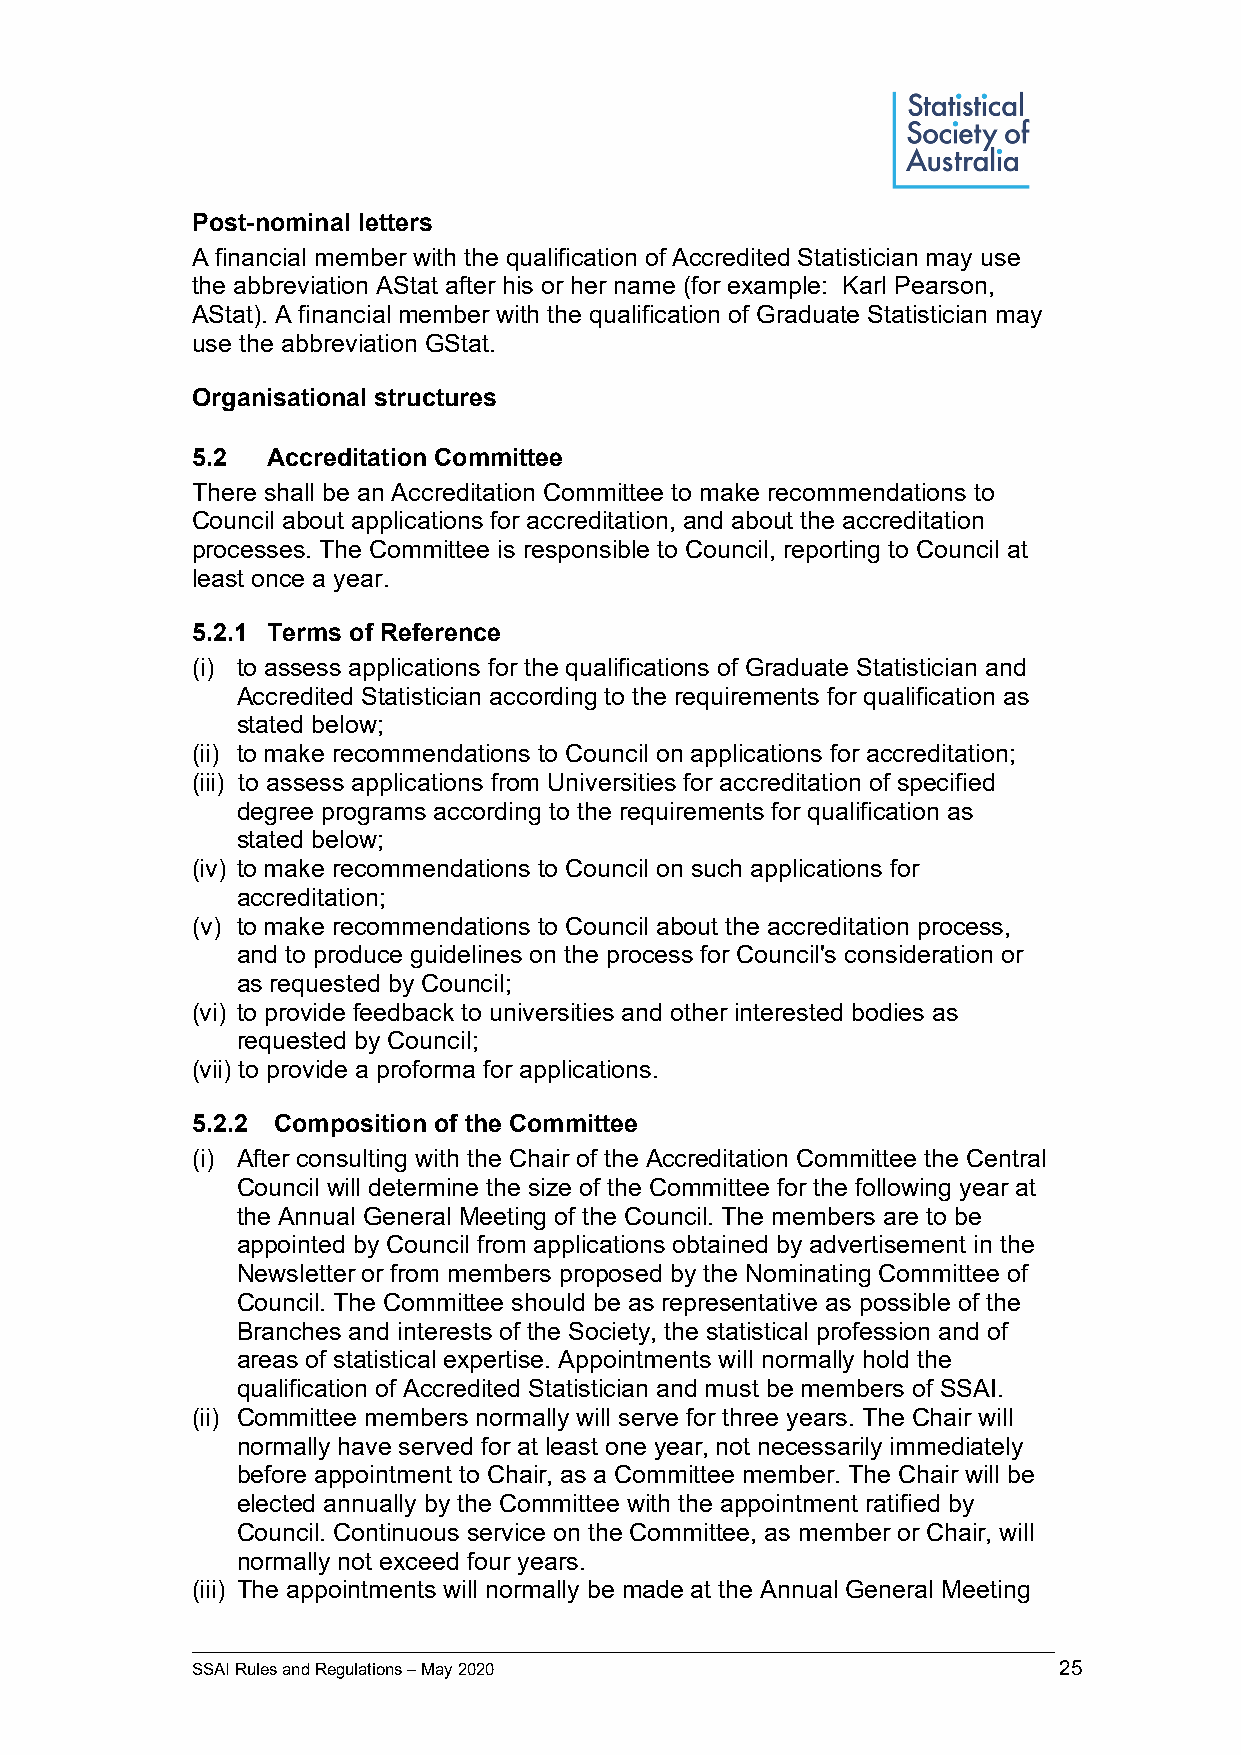
Post-nominal letters
 A financial member with the qualification of Accredited Statistician may use
 the abbreviation AStat after his or her name (for example: Karl Pearson,
 AStat). A financial member with the qualification of Graduate Statistician may
 use the abbreviation GStat.
 Organisational structures
 5.2  Accreditation Committee
 There shall be an Accreditation Committee to make recommendations to
 Council about applications for accreditation, and about the accreditation
 processes. The Committee is responsible to Council, reporting to Council at
 least once a year.
 5.2.1 Terms of Reference
 (i) to assess applications for the qualifications of Graduate Statistician and
 Accredited Statistician according to the requirements for qualification as
 stated below;
 (ii) to make recommendations to Council on applications for accreditation;
 (iii) to assess applications from Universities for accreditation of specified
 degree programs according to the requirements for qualification as
 stated below;
 (iv) to make recommendations to Council on such applications for
 accreditation;
 (v) to make recommendations to Council about the accreditation process,
 and to produce guidelines on the process for Council's consideration or
 as requested by Council;
 (vi) to provide feedback to universities and other interested bodies as
 requested by Council;
 (vii) to provide a proforma for applications.
 5.2.2 Composition of the Committee
 (i) After consulting with the Chair of the Accreditation Committee the Central
 Council will determine the size of the Committee for the following year at
 the Annual General Meeting of the Council. The members are to be
 appointed by Council from applications obtained by advertisement in the
 Newsletter or from members proposed by the Nominating Committee of
 Council. The Committee should be as representative as possible of the
 Branches and interests of the Society, the statistical profession and of
 areas of statistical expertise. Appointments will normally hold the
 qualification of Accredited Statistician and must be members of SSAI.
 (ii) Committee members normally will serve for three years. The Chair will
 normally have served for at least one year, not necessarily immediately
 before appointment to Chair, as a Committee member. The Chair will be
 elected annually by the Committee with the appointment ratified by
 Council. Continuous service on the Committee, as member or Chair, will
 normally not exceed four years.
 (iii) The appointments will normally be made at the Annual General Meeting
 _____________________________________________________________________________________________
 SSAI Rules and Regulations – May 2020                    25